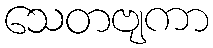
သေတဗျကာ